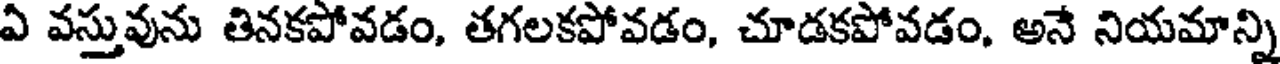
ఏ వస్తువును తినకపోవడం, తగలకపోవడం, చూడకపోవడం, అనే నియమాన్ని